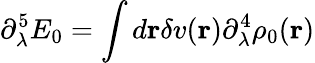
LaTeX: \partial_{\lambda}^{5}E_{0}=\int d{\mathbf r}\delta v({\mathbf r})\partial_{\lambda}^{4}\rho_{0}({\mathbf r})